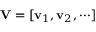
{ \bf V } = [ { \bf v } _ { 1 } , { \bf v } _ { 2 } , \cdots ]